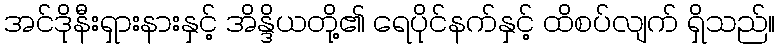
အင်ဒိုနီးရှားနားနှင့် အိန္ဒိယတို့၏ ရေပိုင်နက်နှင့် ထိစပ်လျက် ရှိသည်။